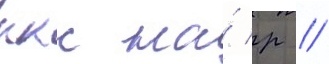
ккс на́ р //